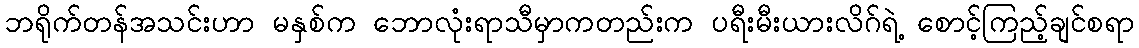
ဘရိုက်တန်အသင်းဟာ မနှစ်က ဘောလုံးရာသီမှာကတည်းက ပရီးမီးယားလိဂ်ရဲ့ စောင့်ကြည့်ချင်စရာ